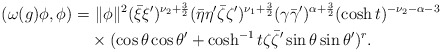
\begin{align*}(\omega(g)\phi,\phi)=&~\|\phi\|^2 (\bar{\xi}\xi')^{\nu_2+\frac{3}{2}}(\bar{\eta}\eta'\bar{\zeta}\zeta')^{\nu_1+\frac{3}{2}}(\gamma\bar{\gamma}')^{\alpha+\frac{3}{2}}(\cosh t)^{-\nu_2-\alpha-3} \\&\times ( \cos \theta \cos \theta' + \cosh^{-1}t\zeta\bar{\zeta}'\sin \theta \sin \theta')^r.\end{align*}